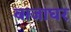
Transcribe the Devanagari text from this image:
बाजाघर